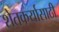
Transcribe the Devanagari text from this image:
शेतकर्यासाठी